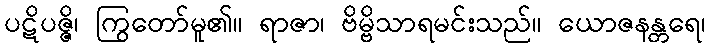
ပဋိပဇ္ဇိ၊ ကြွတော်မူ၏။ ရာဇာ၊ ဗိမ္ဗိသာရမင်းသည်။ ယောဇနန္တရေ၊